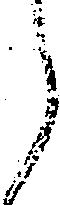
候